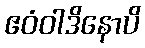
ဧဝံဝါဒိနောပိ